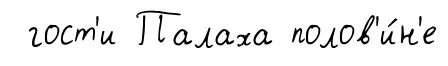
гост'и Палаха полов'и́н'е